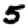
Digit: 5